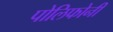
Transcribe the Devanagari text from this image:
पोलिफोनी